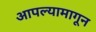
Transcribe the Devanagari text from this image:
आपल्यामागून